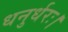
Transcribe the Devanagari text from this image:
धनुर्धरः।